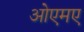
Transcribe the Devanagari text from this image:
ओएमए